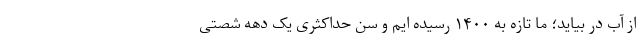
از آب در بیاید؛ ما تازه به ۱۴۰۰ رسیده ایم و سن حداکثری یک دهه شصتی